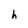
Character: h